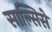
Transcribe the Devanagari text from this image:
साल्सिसे